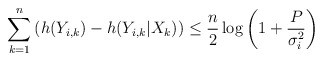
\begin{align*}\sum_{k=1}^n \left(h(Y_{i,k})- h(Y_{i,k}|X_k) \right) \le \frac{n}{2}\log\left(1+\frac{P}{\sigma_i^2}\right) \end{align*}